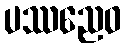
ပဿညေဝ